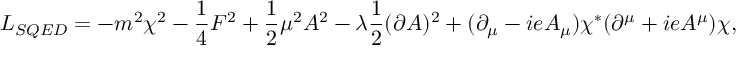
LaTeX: { \cal L } _ { S Q E D } = - m ^ { 2 } \chi ^ { 2 } - \frac { 1 } { 4 } F ^ { 2 } + \frac { 1 } { 2 } \mu ^ { 2 } A ^ { 2 } - \lambda \frac { 1 } { 2 } ( \partial A ) ^ { 2 } + ( \partial _ { \mu } - i e A _ { \mu } ) \chi ^ { * } ( \partial ^ { \mu } + i e A ^ { \mu } ) \chi ,